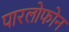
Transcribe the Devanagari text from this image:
पारलोफोन